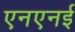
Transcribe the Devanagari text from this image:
एनएनई